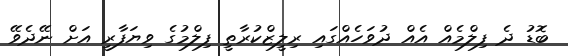
ބޮޑު ދެ ފިލްމެއް އެއް ދުވަހެއްގައި ރިލީޒްކުރާތީ ފިލްމުގެ ވިޔަފާރީ އަށް ނޭދެވޭ